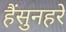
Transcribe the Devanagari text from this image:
हैंसुनहरे